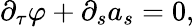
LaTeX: \partial_{\tau}\varphi+\partial_{s}a_{s}=0,